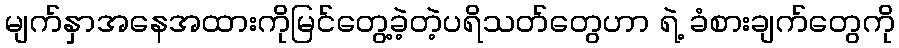
မျက်နှာအနေအထားကိုမြင်တွေ့ခဲ့တဲ့ပရိသတ်တွေဟာ ရဲ့ ခံစားချက်တွေကို